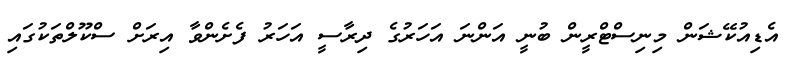
އެޑިއުކޭޝަން މިނިސްޓްރީން ބުނީ އަންނަ އަހަރުގެ ދިރާސީ އަހަރު ފެށެންވާ އިރަށް ސްކޫލްތަކުގައި